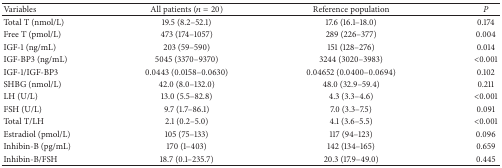
<table><thead><tr><td><b>Variables</b></td><td><b>All patients (<i>n</i> = 20)</b></td><td><b>Reference population</b></td><td><b><i>P </i></b></td></tr></thead><tbody><tr><td>Total T (nmol/L)</td><td>19.5 (8.2–52.1)</td><td>17.6 (16.1–18.0)</td><td>0.174</td></tr><tr><td>Free T (pmol/L)</td><td>473 (174–1057)</td><td>289 (226–377)</td><td>0.004</td></tr><tr><td>IGF-1 (ng/mL)</td><td>203 (59–590)</td><td>151 (128–276)</td><td>0.014</td></tr><tr><td>IGF-BP3 (ng/mL)</td><td>5045 (3370–9370)</td><td>3244 (3020–3983)</td><td>&lt;0.001</td></tr><tr><td>IGF-1/IGF-BP3</td><td>0.0443 (0.0158–0.0630)</td><td>0.04652 (0.0400–0.0694)</td><td>0.102</td></tr><tr><td>SHBG (nmol/L)</td><td>42.0 (8.0–132.0)</td><td>48.0 (32.9–59.4)</td><td>0.211</td></tr><tr><td>LH (U/L)</td><td>13.0 (5.5–82.8)</td><td>4.3 (3.3–4.6)</td><td>&lt;0.001</td></tr><tr><td>FSH (U/L)</td><td>9.7 (1.7–86.1)</td><td>7.0 (3.3–7.5)</td><td>0.091</td></tr><tr><td>Total T/LH</td><td>2.1 (0.2–5.0)</td><td>4.1 (3.6–5.5)</td><td>&lt;0.001</td></tr><tr><td>Estradiol (pmol/L)</td><td>105 (75–133)</td><td>117 (94–123)</td><td>0.096</td></tr><tr><td>Inhibin-B (pg/mL)</td><td>170 (1–403)</td><td>142 (134–165)</td><td>0.659</td></tr><tr><td>Inhibin-B/FSH</td><td>18.7 (0.1–235.7)</td><td>20.3 (17.9–49.0)</td><td>0.445</td></tr></tbody></table>